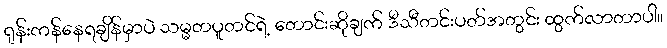
ရုန်းကန်နေရချိန်မှာပဲ သမ္မတပူတင်ရဲ့ တောင်းဆိုချက် ဒီသီတင်းပတ်အတွင်း ထွက်လာတာပါ။